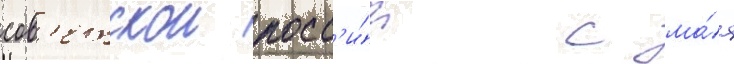
сов'етскои росс'и́и с ма́я